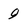
Character: 9